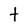
Character: t